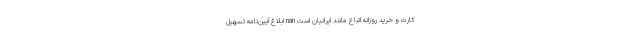
کارت و خرید روزانه اتباع مانند ایرانیان است nan ابلاغ آیین‌نامه تسهیل